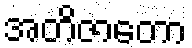
အတိဇာတော